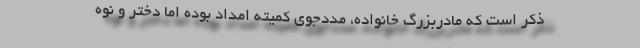
ذکر است که مادربزرگ خانواده، مددجوی کمیته امداد بوده اما دختر و نوه